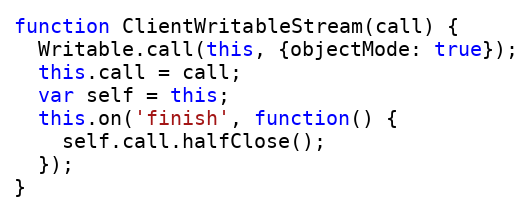
Language: JavaScript
function ClientWritableStream(call) {
  Writable.call(this, {objectMode: true});
  this.call = call;
  var self = this;
  this.on('finish', function() {
    self.call.halfClose();
  });
}